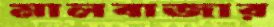
মালবাজার